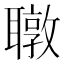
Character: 𬚧